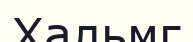
Хальмг